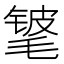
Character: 𬇃